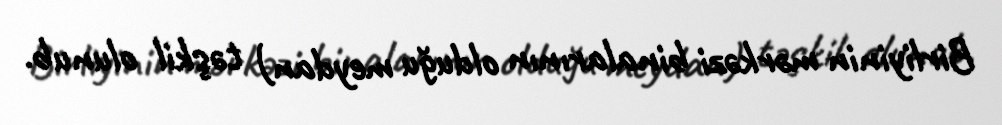
Birliyinin mərkəzi binalarının olduğu meydan) təşkil olunub.